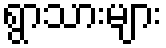
ရွာသားများ